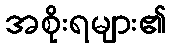
အစိုးရများ၏